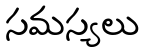
సమస్యలు